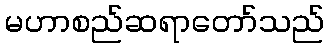
မဟာစည်ဆရာတော်သည်